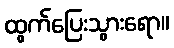
ထွက်ပြေးသွားရော။